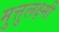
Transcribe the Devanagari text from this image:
मुत्तुलक्ष्मी